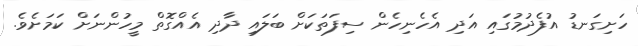
ހަށިގަނޑު އުފެދުމުގައި އަދި އެހެނިހެން ސިފަތަކަށް ބަލައި ދާދި އެއްގޮތް މީހުންނަށް ކަމަށެވެ.